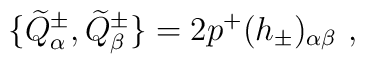
\{ \widetilde{Q}^\pm_\alpha, \widetilde{Q}^\pm_\beta \} = 2 p^+ (h_\pm)_{\alpha \beta} ~,